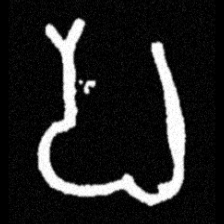
Pyu character \u2014 Myanmar letter: ပ (romanized: pa)